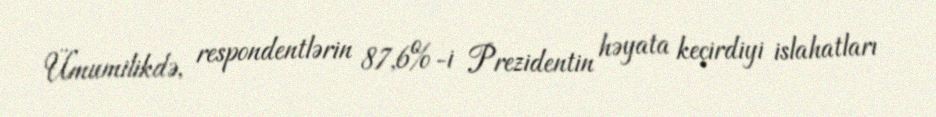
Ümumilikdə, respondentlərin 87,6%-i Prezidentin həyata keçirdiyi islahatları